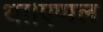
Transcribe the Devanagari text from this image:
था।एप्पल